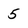
Character: 5